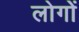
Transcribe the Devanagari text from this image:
लोगोें